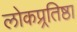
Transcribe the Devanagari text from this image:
लोकप्र्रतिष्ठा